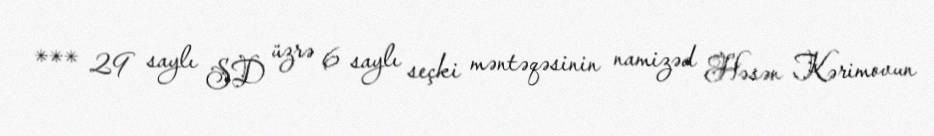
*** 29 saylı SD üzrə 6 saylı seçki məntəqəsinin namizəd Həsən Kərimovun